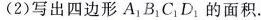
(2)写出四边形A_{1}B_{1}C_{1}D_{1}的面积.